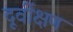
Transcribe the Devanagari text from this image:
दूर्वीक्षण